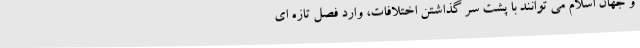
و جهان اسلام می توانند با پشت سر گذاشتن اختلافات، وارد فصل تازه ای